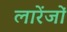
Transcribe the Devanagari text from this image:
लारेंजों